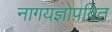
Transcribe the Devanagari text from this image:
नागयज्ञोपवित